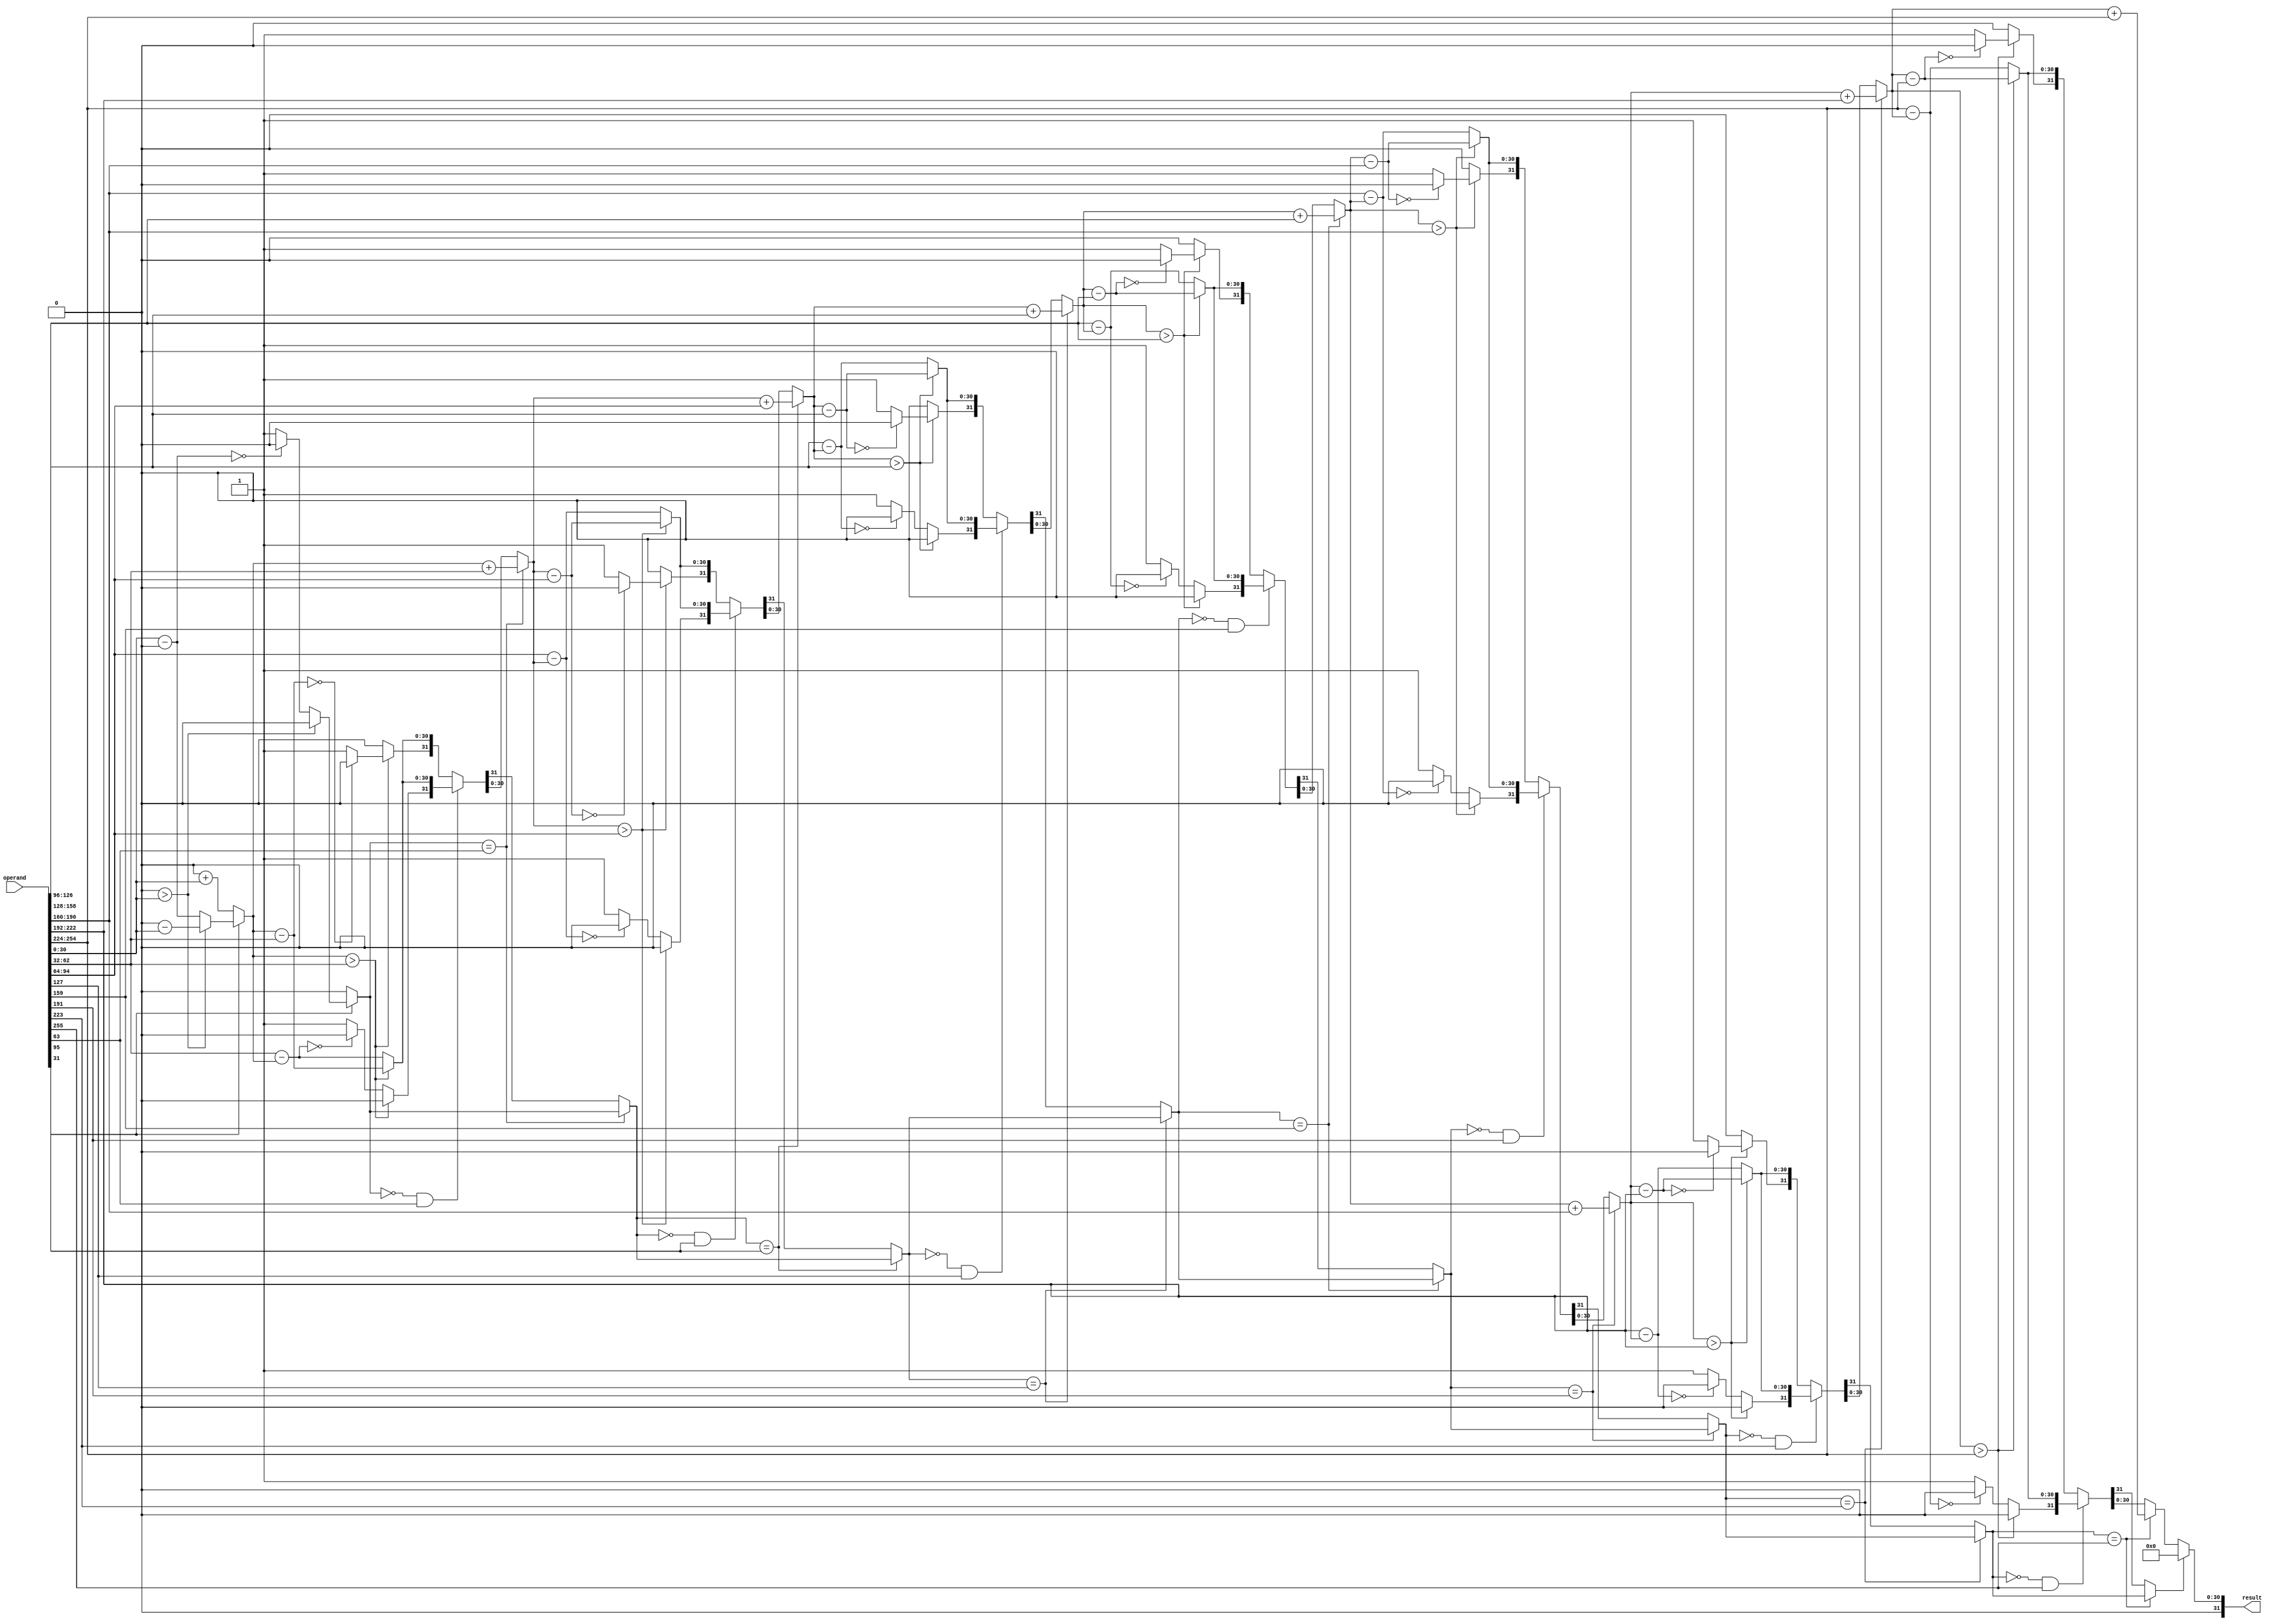
`timescale 1ns/1ns
module adder_tree #(parameter m=8,
                    parameter n=32,
                    parameter intbits=12,
                    parameter fracbits=20 )
                    (
                    input [n*m-1:0] operand,
                    output reg [n-1:0] result
                    );
    
    reg [n-1:0] o_result;
    reg sign;
    integer i;
    always @(operand) begin
        
        for(i=0;i<=m;i=i+1) begin
            
            if(i==0)begin
                o_result=0;
            end
            else begin
                o_result=sum(o_result,operand[n*i-1 -: n]);
            
            end
        end

        if(o_result[n-1])
            o_result = 0;
        else
            o_result = o_result;
    
        result<=o_result[n-1:0];
    end
    
    
function [n-1:0] sum;
    input[n-1:0] a,b;
    reg [n-1:0] res;
begin
    // both negative or both positive
    if(a[n-1] == b[n-1]) begin				
		res[n-2:0] = a[n-2:0] + b[n-2:0];	 	
		res[n-1] = a[n-1];				
	end												
	//	one of them is negative...
	else if(a[n-1] == 0 && b[n-1] == 1) begin		
		if( a[n-2:0] > b[n-2:0] ) begin					
			res[n-2:0] = a[n-2:0] - b[n-2:0];			
			res[n-1] = 0;										
			end
		else begin												
			res[n-2:0] = b[n-2:0] - a[n-2:0];			
			if (res[n-2:0] == 0)
				res[n-1] = 0;										
			else
				res[n-1] = 1;										
			end
		end
	else begin												
		if( a[n-2:0] > b[n-2:0] ) begin					
			res[n-2:0] = a[n-2:0] - b[n-2:0];			
			if (res[n-2:0] == 0)
				res[n-1] = 0;										
			else
				res[n-1] = 1;										
			end
		else begin												
			res[n-2:0] = b[n-2:0] - a[n-2:0];			
			res[n-1] = 0;										
			end
		end
sum=res;
end
endfunction
endmodule